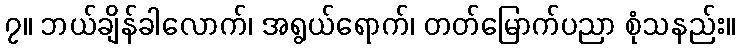
၇။ ဘယ်ချိန်ခါလောက်၊ အရွယ်ရောက်၊ တတ်မြောက်ပညာ စုံသနည်း။